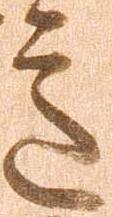
意